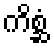
ကိစ္ဆံ